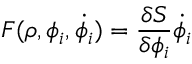
F ( \rho , \phi _ { i } , \dot { \phi _ { i } } ) = { \frac { \delta S } { \delta \phi _ { i } } } \dot { \phi _ { i } }